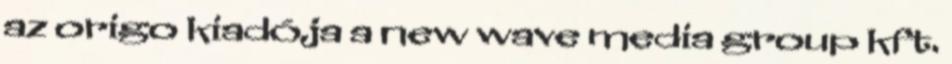
az origo kiadója a new wave media group kft.